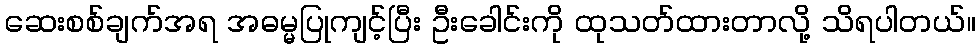
ဆေးစစ်ချက်အရ အဓမ္မပြုကျင့်ပြီး ဦးခေါင်းကို ထုသတ်ထားတာလို့ သိရပါတယ်။